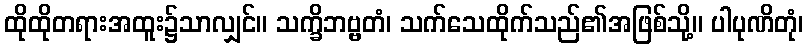
ထိုထိုတရားအထူး၌သာလျှင်။ သက္ခိဘဗ္ဗတံ၊ သက်သေထိုက်သည်၏အဖြစ်သို့။ ပါပုဏိတုံ၊